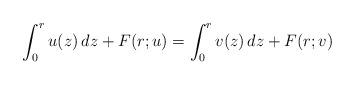
LaTeX: \begin{align*}\int_0^r u(z) \,dz + F(r;u)= \int_0^r v(z) \,dz + F(r;v)\end{align*}